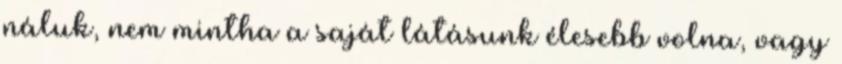
náluk, nem mintha a saját látásunk élesebb volna, vagy